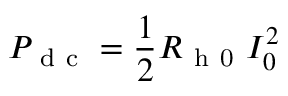
P _ { \mathrm { ~ d ~ c ~ } } = \frac { 1 } { 2 } R _ { \mathrm { ~ h ~ 0 ~ } } I _ { 0 } ^ { 2 }